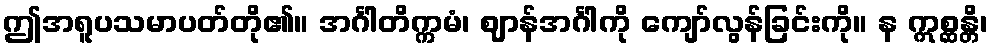
ဤအရူပသမာပတ်တို၏။ အင်္ဂါတိက္ကမံ၊ ဈာန်အင်္ဂါကို ကျော်လွန်ခြင်းကို။ န ဣစ္ဆန္တိ၊